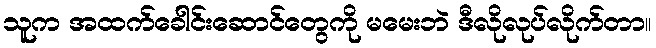
သူက အထက်ခေါင်းဆောင်တွေကို မမေးဘဲ ဒီလိုလုပ်လိုက်တာ။